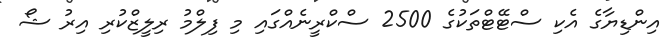
އިންޑިޔާގެ އެކި ސްޓޭޓްތަކުގެ 2500 ސްކްރީނެއްގައި މި ފިލްމު ރިލީޒްކުރި އިރު ޝޯ